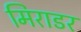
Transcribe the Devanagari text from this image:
मिराडर